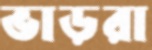
ভাড়রা